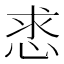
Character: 𢚡